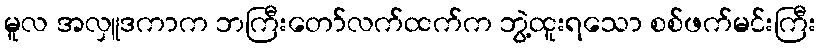
မူလ အလှူဒကာက ဘကြီးတော်လက်ထက်က ဘွဲ့ထူးရသော စစ်ဖက်မင်းကြီး